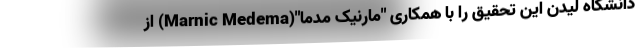
دانشگاه لیدن این تحقیق را با همکاری "مارنیک مدما"(Marnic Medema) از